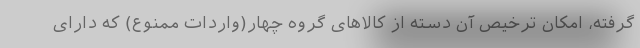
گرفته، امکان ترخیص آن دسته از کالاهای گروه چهار(واردات ممنوع) که دارای